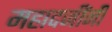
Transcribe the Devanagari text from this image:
महादजींनी